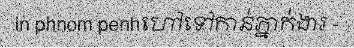
in phnom penhហៅទៅកាន់ភ្នាក់ងារ -